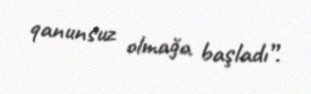
qanunsuz olmağa başladı”.